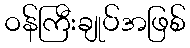
ဝန်ကြီးချုပ်အဖြစ်